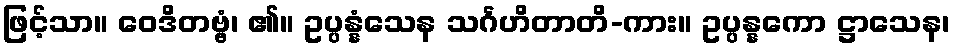
ဖြင့်သာ။ ဝေဒိတဗ္ဗံ၊ ၏။ ဥပ္ပန္နံသေန သင်္ဂဟိတာတိ-ကား။ ဥပ္ပန္နကော ဋ္ဌာသေန၊